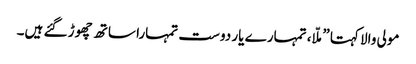
مولی والا کہتا ”ملّا، تمہارے یار دوست تمہارا ساتھ چھوڑ گئے ہیں۔